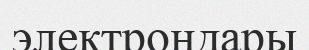
электрондары